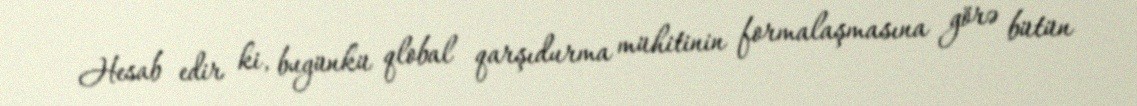
Hesab edir ki, bugünkü qlobal qarşıdurma mühitinin formalaşmasına görə bütün